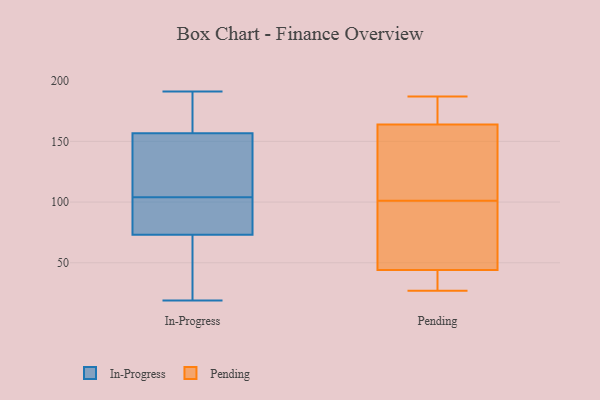
{"axis": {"x": "Waste Production (Tons)", "y": "Value"}, "legend": ["In-Progress", "Pending"], "data": [{"x": "", "y": 191, "type": "In-Progress"}, {"x": "", "y": 85, "type": "In-Progress"}, {"x": "", "y": 124, "type": "In-Progress"}, {"x": "", "y": 104, "type": "In-Progress"}, {"x": "", "y": 19, "type": "In-Progress"}, {"x": "", "y": 79, "type": "In-Progress"}, {"x": "", "y": 87, "type": "In-Progress"}, {"x": "", "y": 191, "type": "In-Progress"}, {"x": "", "y": 24, "type": "In-Progress"}, {"x": "", "y": 71, "type": "In-Progress"}, {"x": "", "y": 81, "type": "In-Progress"}, {"x": "", "y": 161, "type": "In-Progress"}, {"x": "", "y": 144, "type": "In-Progress"}, {"x": "", "y": 178, "type": "In-Progress"}, {"x": "", "y": 45, "type": "In-Progress"}, {"x": "", "y": 22, "type": "In-Progress"}, {"x": "", "y": 172, "type": "In-Progress"}, {"x": "", "y": 130, "type": "In-Progress"}, {"x": "", "y": 133, "type": "In-Progress"}, {"x": "", "y": 27, "type": "Pending"}, {"x": "", "y": 94, "type": "Pending"}, {"x": "", "y": 140, "type": "Pending"}, {"x": "", "y": 89, "type": "Pending"}, {"x": "", "y": 167, "type": "Pending"}, {"x": "", "y": 123, "type": "Pending"}, {"x": "", "y": 43, "type": "Pending"}, {"x": "", "y": 40, "type": "Pending"}, {"x": "", "y": 176, "type": "Pending"}, {"x": "", "y": 187, "type": "Pending"}, {"x": "", "y": 44, "type": "Pending"}, {"x": "", "y": 56, "type": "Pending"}, {"x": "", "y": 108, "type": "Pending"}, {"x": "", "y": 164, "type": "Pending"}]}